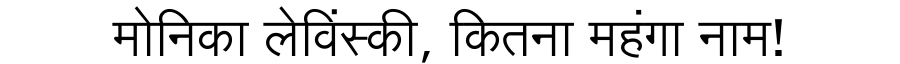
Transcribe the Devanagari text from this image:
मोनिका लेविंस्की, कितना महंगा नाम!